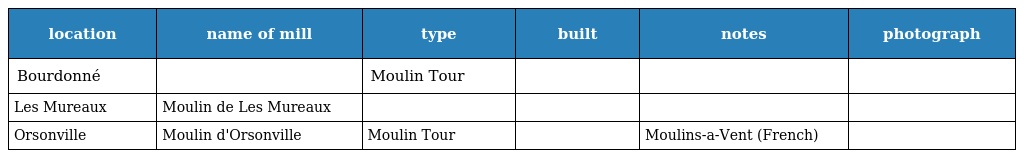
| location | name of mill | type | built | notes | photograph |
 | --- | --- | --- | --- | --- | --- |
 | Bourdonné |  | Moulin Tour |  |  |  |
 | Les Mureaux | Moulin de Les Mureaux |  |  |  |  |
 | Orsonville | Moulin d'Orsonville | Moulin Tour |  | Moulins-a-Vent (French) |  |